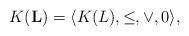
LaTeX: \begin{align*} K(\mathbf{L}) =\langle K(L),\leq,\vee,0\rangle,\end{align*}